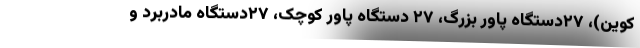
کوین)، ۲۷دستگاه پاور بزرگ، ۲۷ دستگاه پاور کوچک، ۲۷دستگاه مادربرد و